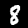
Digit: 8